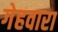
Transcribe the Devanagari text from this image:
गेहवारा